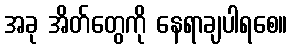
အခု အိတ်တွေကို နေရာချပါရစေ။